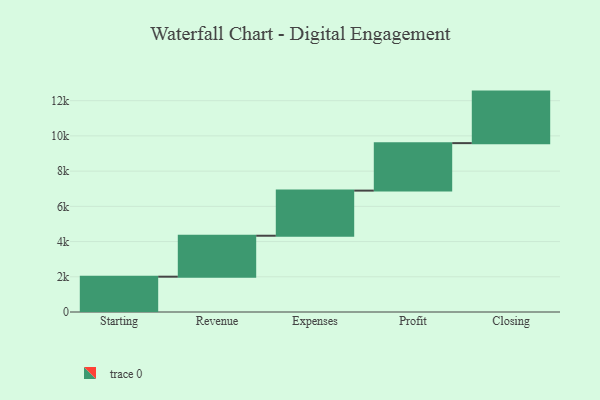
{"axis": {"x": "Step", "y": "Value"}, "legend": [""], "data": [{"x": "Starting", "y": 2005.0, "type": ""}, {"x": "Revenue", "y": 2326.0, "type": ""}, {"x": "Expenses", "y": 2562.0, "type": ""}, {"x": "Profit", "y": 2696.0, "type": ""}, {"x": "Closing", "y": 2926.0, "type": ""}]}